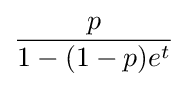
{\frac {p}{1-(1-p)e^{t}}}